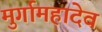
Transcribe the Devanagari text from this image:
मुर्गामहादेव